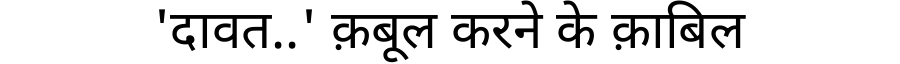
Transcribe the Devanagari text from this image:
'दावत..' क़बूल करने के क़ाबिल